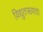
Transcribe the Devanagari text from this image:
विद्युतऋणता